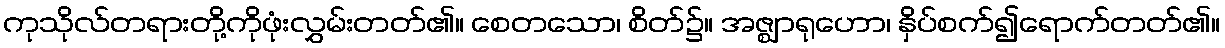
ကုသိုလ်တရားတို့ကိုဖုံးလွှမ်းတတ်၏။ စေတသော၊ စိတ်၌။ အဇ္ဈာရုဟော၊ နှိပ်စက်၍ရောက်တတ်၏။